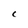
Character: C